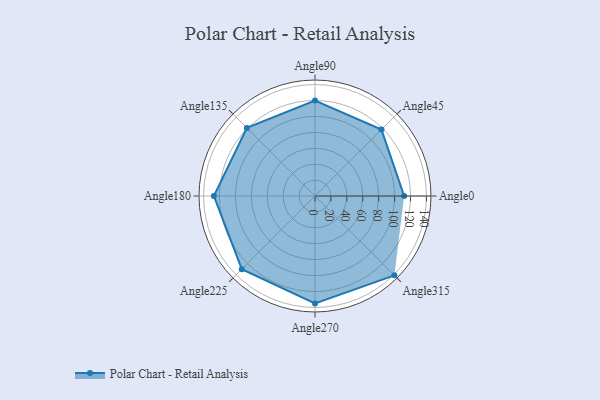
{"axis": {"x": "Angle", "y": "Radius"}, "legend": [""], "data": [{"x": "Angle0", "y": 112.0, "type": ""}, {"x": "Angle45", "y": 118.0, "type": ""}, {"x": "Angle90", "y": 120.0, "type": ""}, {"x": "Angle135", "y": 121.0, "type": ""}, {"x": "Angle180", "y": 127.0, "type": ""}, {"x": "Angle225", "y": 130.0, "type": ""}, {"x": "Angle270", "y": 135.0, "type": ""}, {"x": "Angle315", "y": 141.0, "type": ""}]}